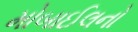
મોબાઈલનો